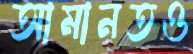
আমানতও